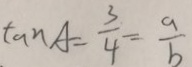
\tan A = \frac { 3 } { 4 } = \frac { a } { b }